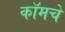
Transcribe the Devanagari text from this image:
कॉमचे